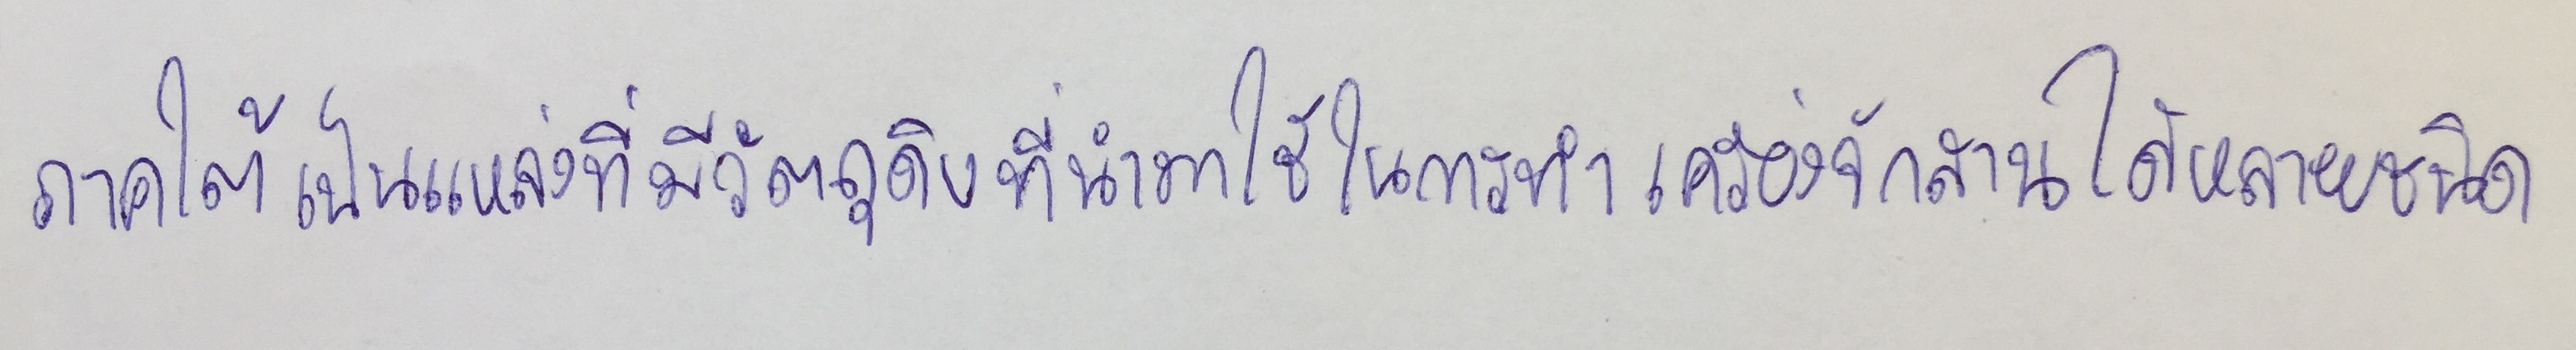
ภาคใต้เป็นแหล่งที่มีวัตถุดิบที่นำมาใช้ในการทำเครื่องจักสานได้หลายชนิด